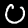
Digit: 0